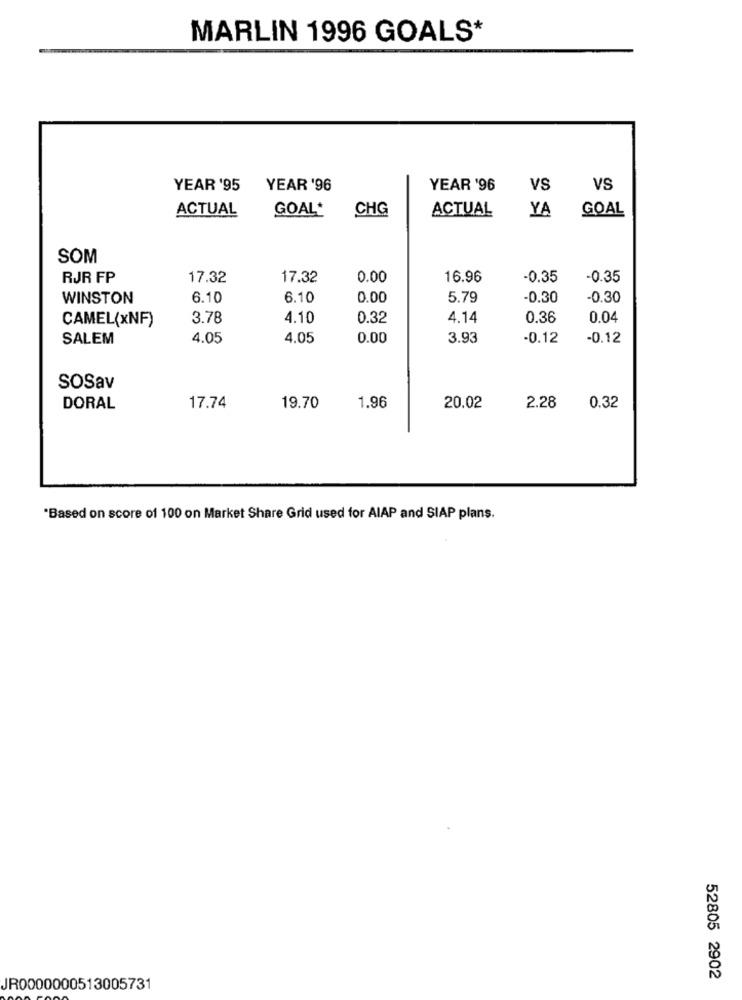
MARLIN 1996 GOALS*
YEAR '95
YEAR '96
YEAR '96
VS
VS
ACTUAL
GOAL
CHG
ACTUAL
YA
GOAL
SOM
RJR FP
17.32
17.32
0.00
16.96
-0.35
-0.35
WINSTON
6.10
6.10
0.00
5.79
-0.30
-0.30
CAMEL(xNF)
3.78
4.10
0.32
4.14
0.36
0.04
SALEM
4.05
4.05
0.00
3.93
-0.12
-0.12
SOSav
DORAL
17.74
19.70
1.96
20.02
2.28
0.32
"Based on score of 100 on Market Share Grid used for AIAP and SIAP plans.
52805 2902
JR0000000513005731